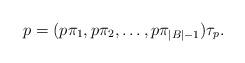
LaTeX: \begin{align*}p = (p\pi_1,p\pi_2,\ldots,p\pi_{|B|-1})\tau_p.\end{align*}